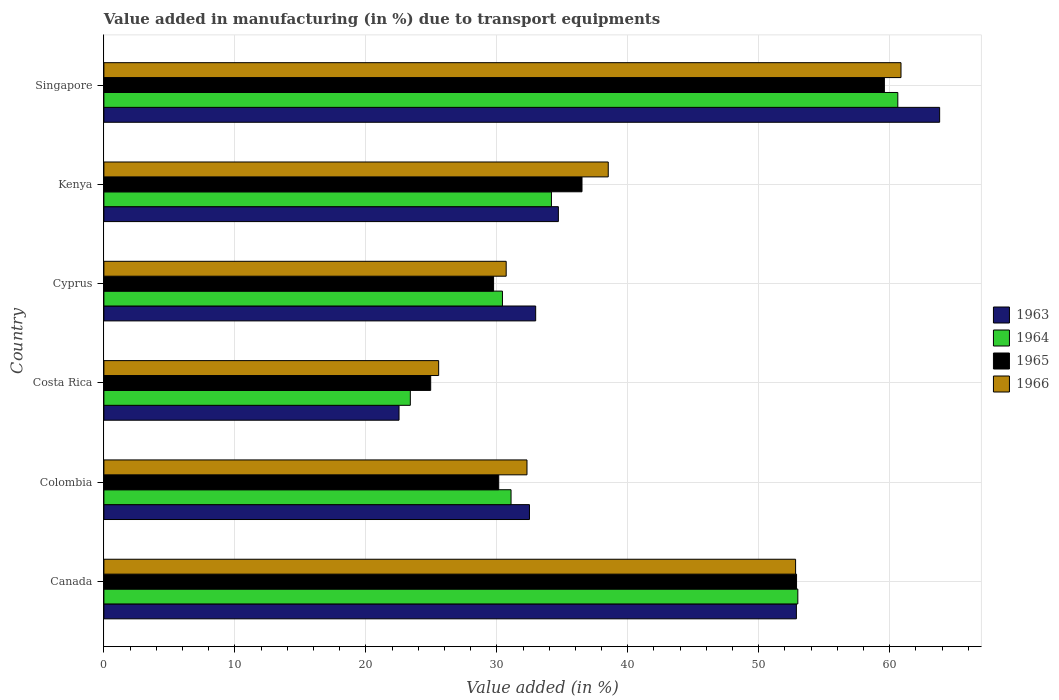
| Country | 1963 | 1964 | 1965 | 1966 |
 | --- | --- | --- | --- | --- |
 | Canada | 52.9 | 53 | 52.9 | 52.8 |
 | Colombia | 32.5 | 31.1 | 30.1 | 32.3 |
 | Costa Rica | 22.5 | 23.4 | 25 | 25.6 |
 | Cyprus | 33 | 30.4 | 29.8 | 30.7 |
 | Kenya | 34.7 | 34.2 | 36.5 | 38.5 |
 | Singapore | 63.8 | 60.6 | 59.6 | 60.9 |